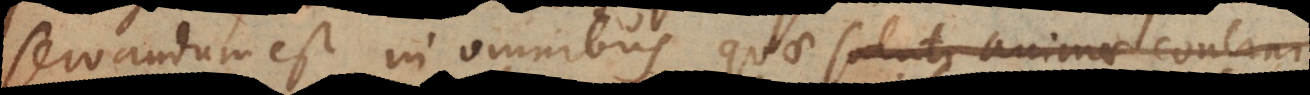
servandum est in omnibus quae saluti animae concin